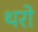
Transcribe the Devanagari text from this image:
थरो